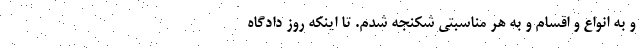
و به انواع و اقسام و به هر مناسبتی شکنجه شدم. تا اینکه روز دادگاه